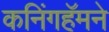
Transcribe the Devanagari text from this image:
कनिंगहॅमने